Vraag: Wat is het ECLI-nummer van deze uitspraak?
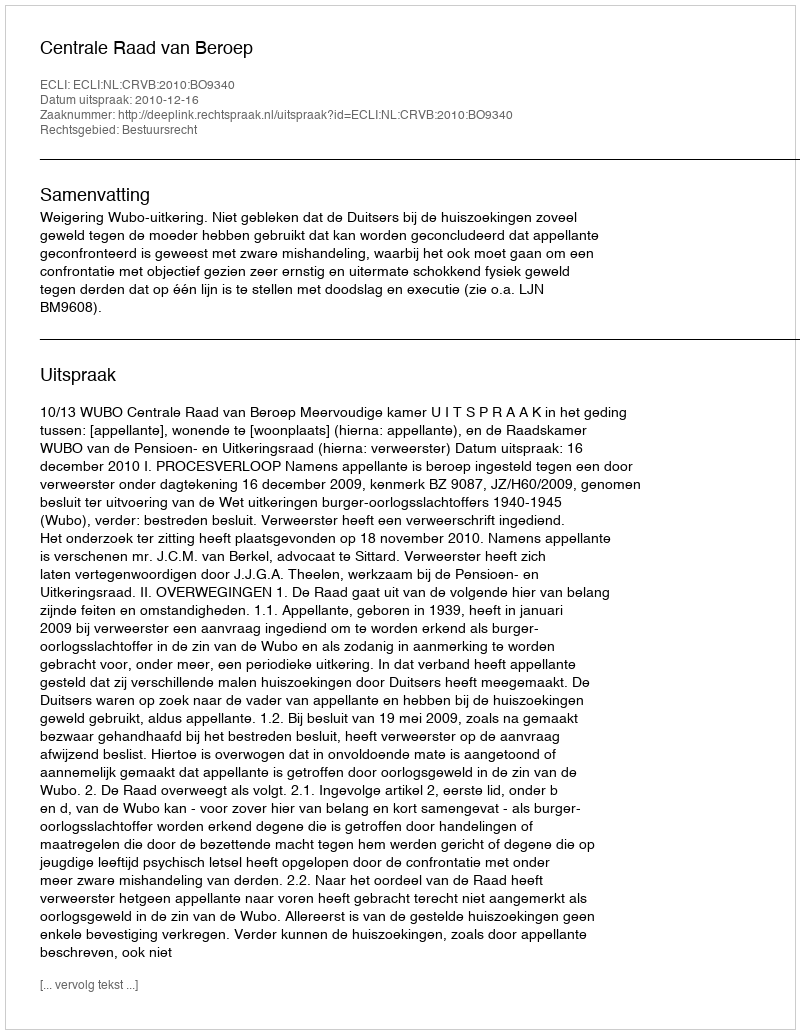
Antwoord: ECLI:NL:CRVB:2010:BO9340